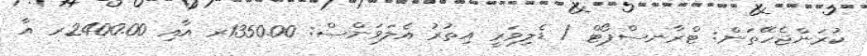
ކުރަންޖެހޭތަން: ޓްރާނސްޕޯޓް / ޑެލިވަރީ އިތުރު އެލަވަންސް: 1350.00ރ އާއި 2400.00ރ އާ